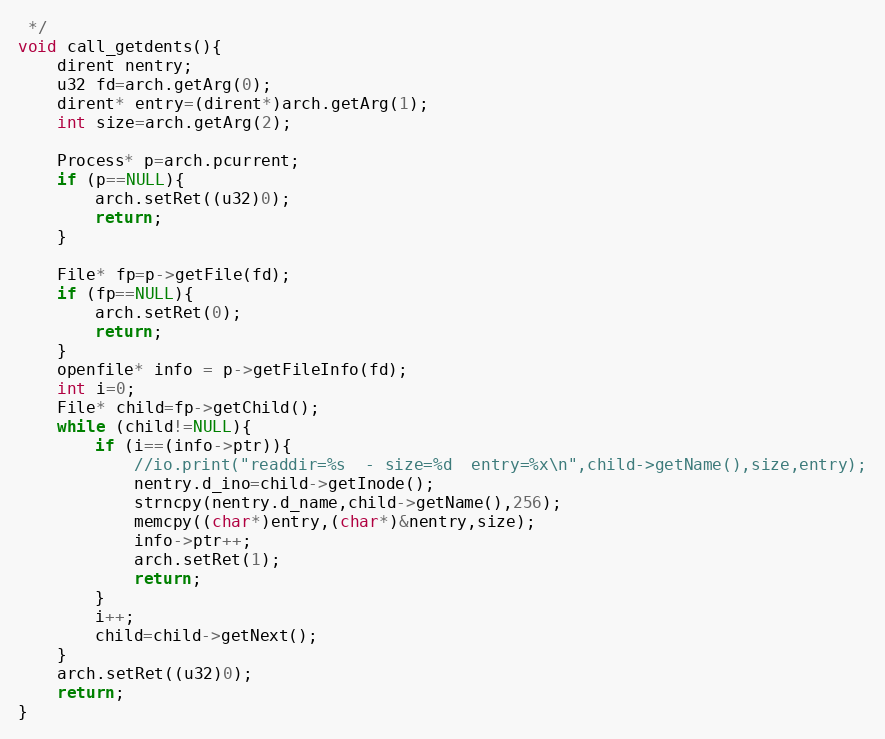
Language: C++
 */
void call_getdents(){
	dirent nentry;
	u32 fd=arch.getArg(0);
	dirent* entry=(dirent*)arch.getArg(1);
	int size=arch.getArg(2);

	Process* p=arch.pcurrent;
	if (p==NULL){
		arch.setRet((u32)0);
		return;
	}

	File* fp=p->getFile(fd);
	if (fp==NULL){
		arch.setRet(0);
		return;
	}
	openfile* info = p->getFileInfo(fd);
	int i=0;
	File* child=fp->getChild();
	while (child!=NULL){
		if (i==(info->ptr)){
			//io.print("readdir=%s  - size=%d  entry=%x\n",child->getName(),size,entry);
			nentry.d_ino=child->getInode();
			strncpy(nentry.d_name,child->getName(),256);
			memcpy((char*)entry,(char*)&nentry,size);
			info->ptr++;
			arch.setRet(1);
			return;
		}
		i++;
		child=child->getNext();
	}
	arch.setRet((u32)0);
	return;
}